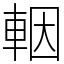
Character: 𨋳